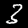
Label: 3